Annual report of the Imperial Bacteriologist
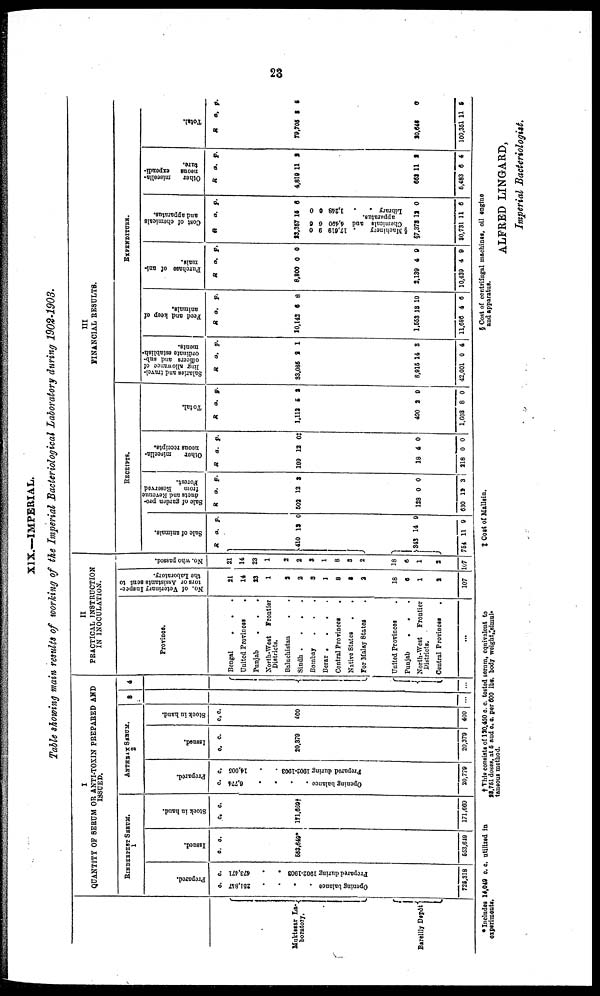
23
XIX.—IMPERIAL.
Table showing main results of working of the Imperial Bacteriological Laboratory during 1902-1903.
Muktesar La-
boratory.
Barellly Depôt
I
QUANTITY OF SERUM OR ANTI-TOXIN PREPARED AND
ISSUED.
RINDERPEST SERUM.
1
Prepared.
Opening
balance
Prepared during 1902-1903
725,318
Issued.
c. c.
553,649*
553,649
Stock in hand.
c. c.
171,669†
171,669
ANTHRAX SERUM.
2
Prepared.
c. c.
6.774
14.005
Opening balance . .
Prepared during 1902-1903
20,779
Issued.
c. c.
20.379
20,379
Stock in hand.
c. c.
400
400
8
4
{
{
II
PRACTICAL INSTRUCTION
IN INOCULATION.
Province.
Bengal
United
Provinces
.
Punjab
.
.
.
North-West
Frontier
Districts.
Baluchistan
Sindh
....
Bombay
.
.
.
Berar
....
Central Provinces
Native States
.
.
For Malay States
United Provinces
Punjab
.
.
North-West
Frontier
Districts.
Central Provinces
.
...
No. of Veterinary Inspec-
tors or Assistants sent to
the Laboratory.
21
14
23
1
2
2
3
1
8
2
2
18
6
1
2
107
No. who passed.
21
14
23
1
2
2
3
1
8
3
2
18
6
1
2
107
R
1
Sal e of animals.
a.
410 13
}343
754
14
11 9
p.
0
9
RECEIPTS.
Sal e of garden pro-
ducts and Re ve nue
f r om Re s e r
ve d
For est .
R
502
128
630
a.
12
0
12
p.
3
0
3
Ot her miscella-
neous receipts.
R
199
18
218
a.
12
4
0 0
p.
0‡
Total.
R
1,113
0
490
1,603
a.
5
2
8
p.
3
0
0
FINANCIAL RESULTS.
III
Sal ar i
es and t r avel -
ling allowance of
officers and sub-
ordinate establish-
ments.
R
33,085
8,916
42,001
a.
2
14
0
p.
1
3
4
Peed and keep of
animals.
R
10,142
1,653
11,696
a.
6
13
4
p.
8
10
6
EXPENDITURE.
Pur c ha s e of ani-
mals.
R
8,800
2.139
10,439
a.
0
4
4
p.
0
9
9
Cost of chemicals
and apparatus.
R
23,357
0 5
§ Ma c hine r
y 17, 619 9
Chemicals and 4,490 6
apparatus
§7,373
30,731
a.
15
0
.
Li br ar y . . 1, 248 0
12
11
p.
6
0
6
Ot her miscella-
neous expendi-
ture.
R
4,819
663
5,483
a.
11
11
6
p.
2
2
4
Tot al .
R
79,705
20,646
100,351
a.
3
11
p.
5
0
5
* Includes 14,049 c. c. utilized in
experiments.
† This consists of 120,450 c. c. tested serum, equivalent to
28,751 doses, at 5 and c. c. per 600 lbs. body weight,:simul-
taneous method.
‡ Cost of Mallein.
§ Cost of centrifugal machines, oil engine
and apparatus.
ALFRED LINGARD,
Imperial Bacteriologist.